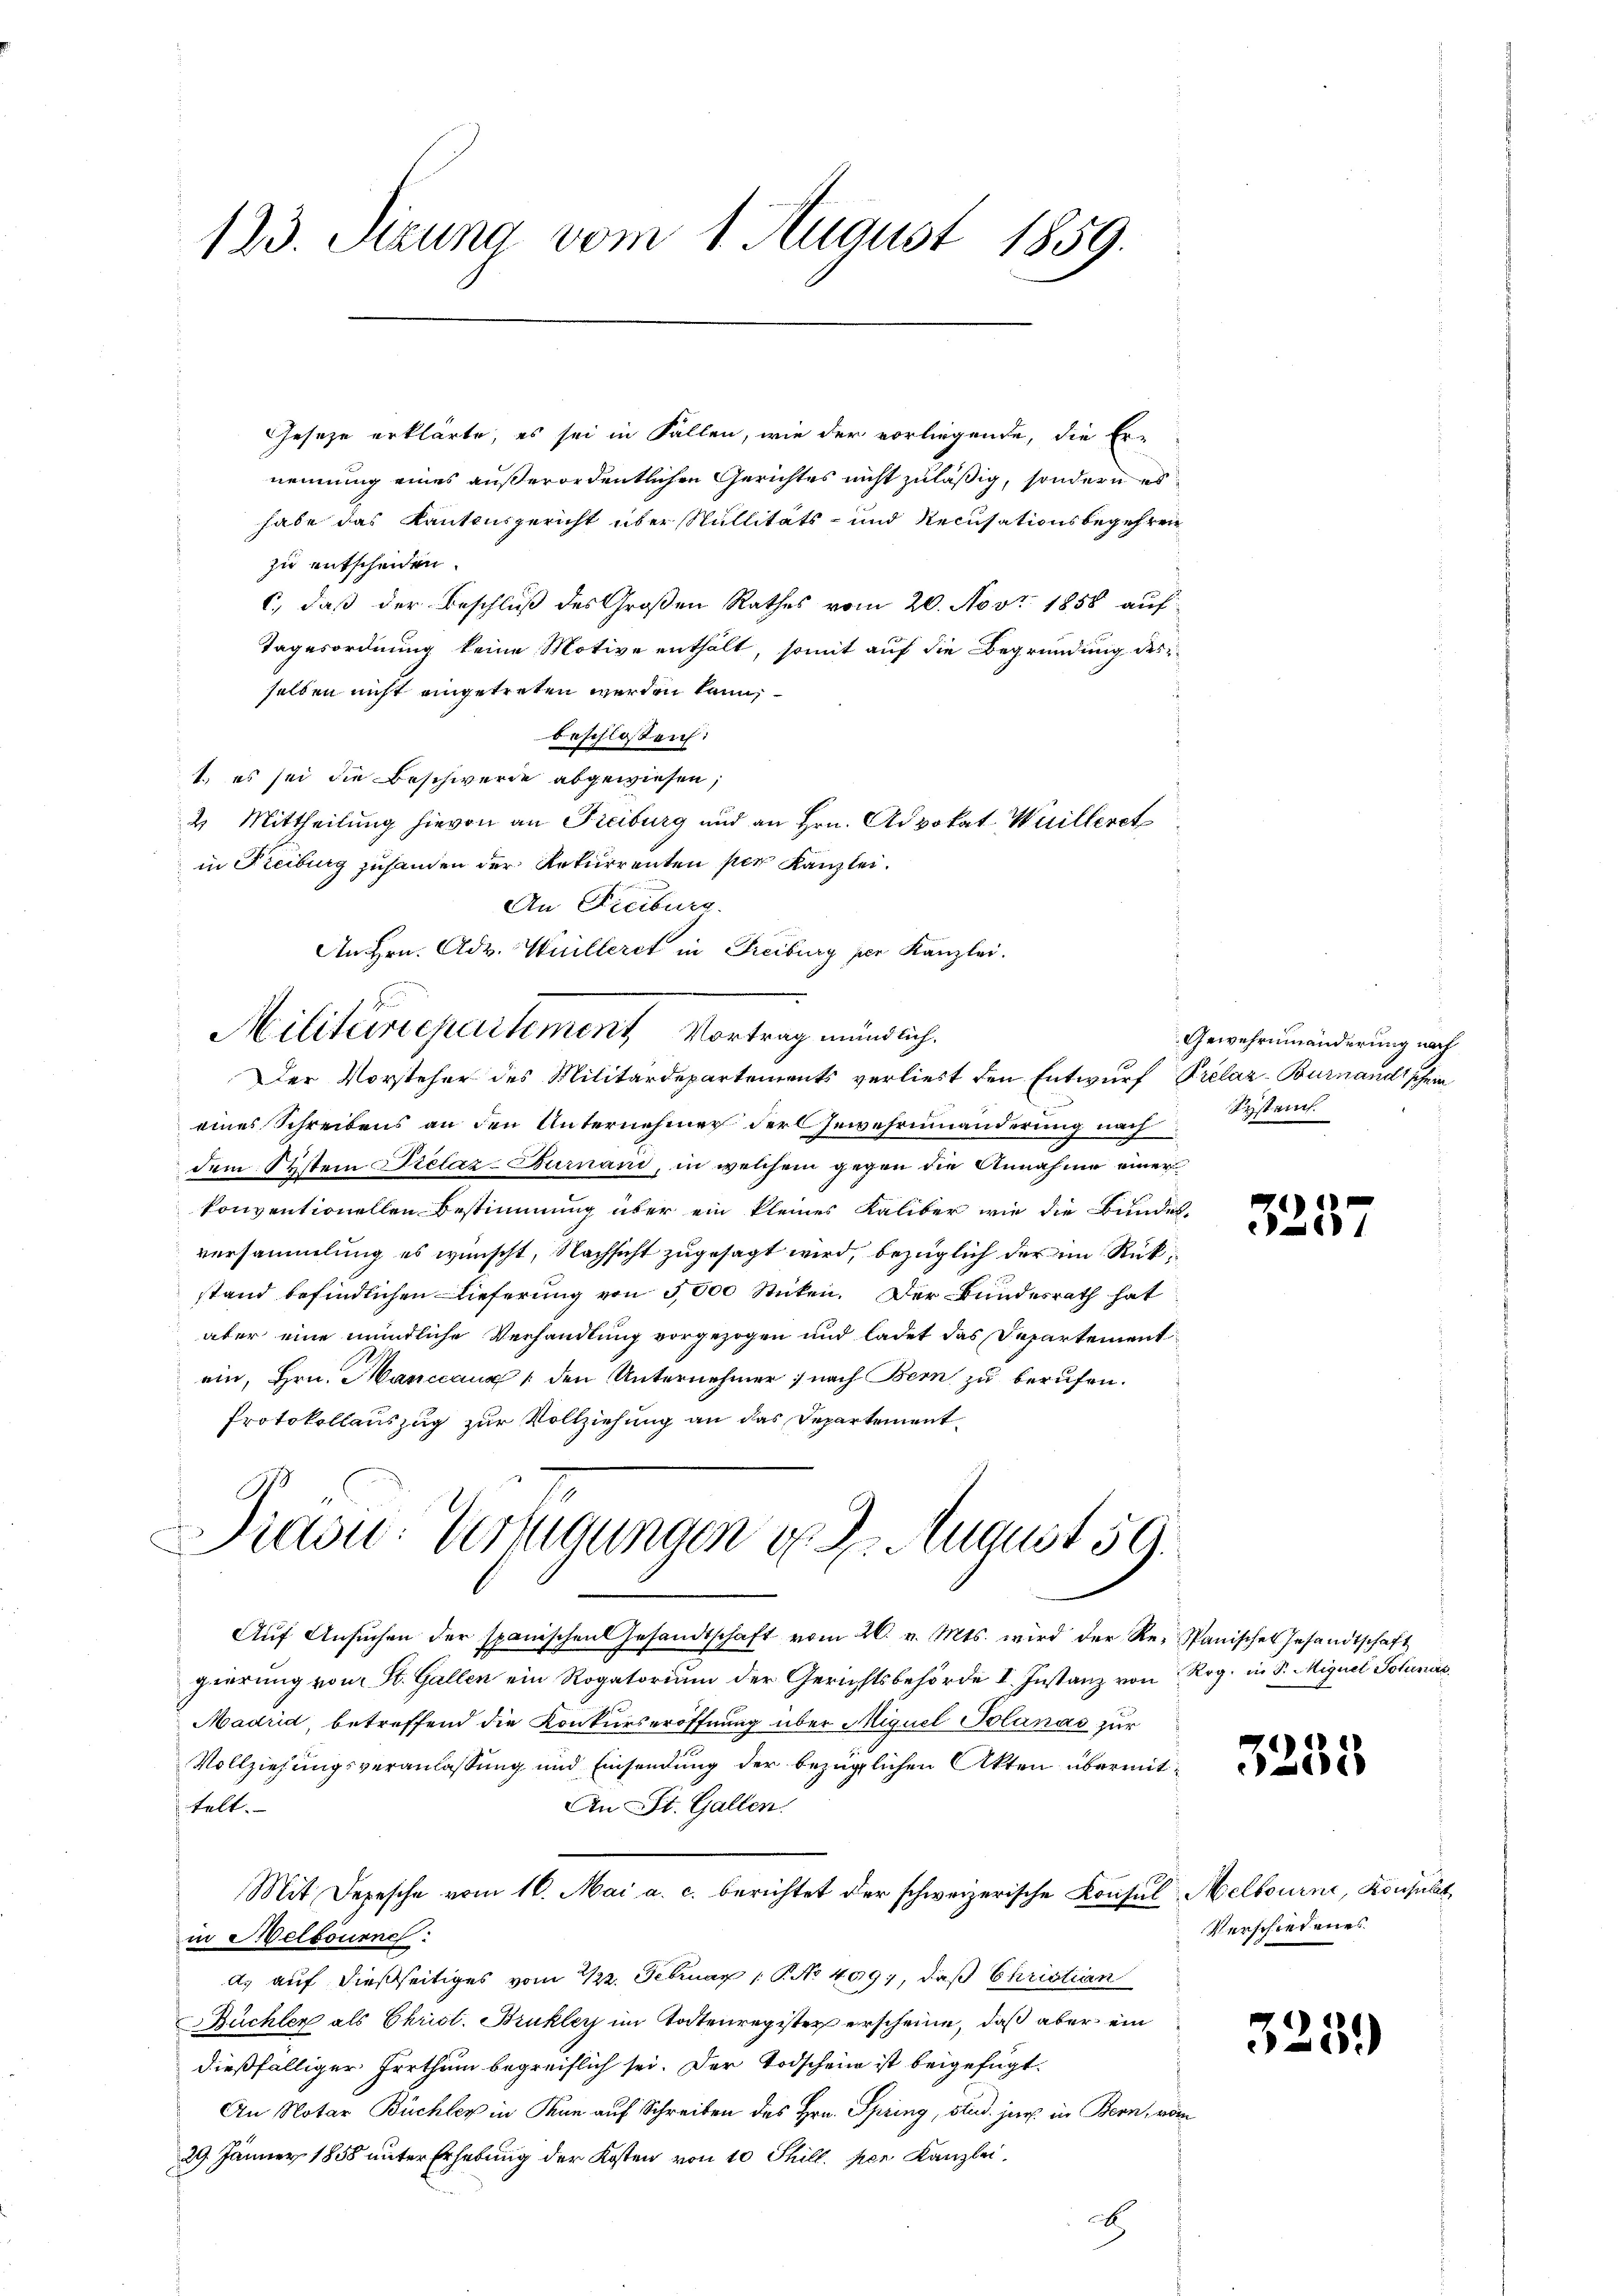
Geseze erklärte, es sei in Fallen, wie der vorliegende, die Er-
nennung eines außerordentlichen Gerichtes nicht zuläßig, sondern es
habe das Kantonsgericht über Sullitäts- und Recusationsbegehren
zu entscheiden.
c, daß der Beschluß des Großen Rathes vom 20. Nov. 1858 auf
Tagesordnung keine Motive enthält, somit auf die Begründung des
selben nicht eingetreten werden kann,
beschlossen:
1., es sei die Beschwerde abgewiesen;
4 Mittheilung hievon an Freiburg und an Hrn. Advokat Wuilleret
in Freiburg zuhanden der Rekurrenten per Kanzlei.
An Freiburg.
An Hrn. Adv. Willeret in Freiburg per Kanzlei.
Der Vorsteher des Militärdepartements verliert den Entwurf Prelaz-Burnandtschein
eines Schreibens an den Unternehmer der Gewehreinanderung nach
dem System Prelaz-Turnaud, in welchem gegen die Annahme einer
konventionellen Bestimmung über ein kleines Kaliber wie die Bundes-
versammlung es wünscht, Nachsicht zugesagt wird, bezüglich der im Rückstand befindlichen Lieferung von 5,000 Sticken. Der Bundesrath hat
aber eine mündliche Verhandlung vorgezogen und ladet das Departementein, Hrn. Hanccaug (den Unternehmer nach Bern zu berufen.
Protokollauszug zur Vollziehung an das Departement¬
Diasu: Verfügungen d. 2. August 59.
Aŭf Ansŭchen der spanischen Gesandtschaft vom 26. v. Mts. wird der Re-Spanisches Gesandtschaft
gierung von St. Gallen ein Rogatorium der Gerichtsbehörde I. Instanz von Rog. in S. Miguel Solanás
Madrid, betreffend die Konkurseröffnung über Miguel Solanas zur
Vollziehungsveranlassung und Einsendung der bezüglichen Akten übermit¬
An St. Gallen.
telt.
Mit Depesche vom 16. Mai a. c. berichtet der schweizerische Konsul Melbourne, Konsulat
in Melbourne:
d. auf dießseitiges vom 12. Februar 1 No 409, daß Christian
Büchler als Christ. Brukler im Todtenregister erscheine, daß aber ein
dießfälliger Irrthum begreiflich sei. Der Todschein ist beigefügt.
An Notar Büchler in Man auf Schreiben des Hrn. Spring, Stud. jur. in Bern, vom
29 Jänner 1858 unter Erhebung der Kosten von 10 Thill. per Kanzlei,
ch

123. Sizung vom 1. August 1859.

Militairepartement, Vortrag mündlich.

.

Gewehrnmänderung nach
Systeuch

3257

3235

Verschiedenes

323.